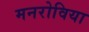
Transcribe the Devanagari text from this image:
मनरोविया